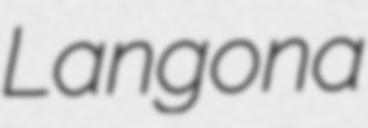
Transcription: Langona